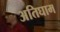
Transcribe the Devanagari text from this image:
अतिघाम